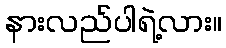
နားလည်ပါရဲ့လား။